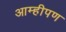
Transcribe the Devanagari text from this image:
आम्हीपण